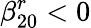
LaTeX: \beta_{20}^{r}<0